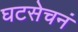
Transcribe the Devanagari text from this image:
घटसेचनं